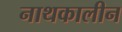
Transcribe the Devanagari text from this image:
नाथकालीन